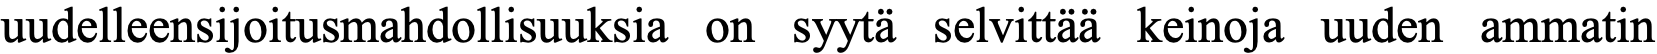
uudelleensijoitusmahdollisuuksia on syytä selvittää keinoja uuden ammatin